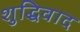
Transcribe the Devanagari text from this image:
शुद्धिवाद